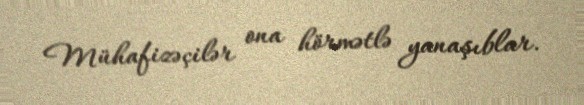
Mühafizəçilər ona hörmətlə yanaşıblar.